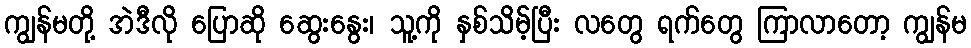
ကျွန်မတို့ အဲဒီလို ပြောဆို ဆွေးနွေး၊ သူ့ကို နှစ်သိမ့်ပြီး လတွေ ရက်တွေ ကြာလာတော့ ကျွန်မ